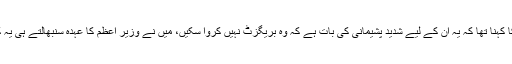
لندن میں 10 ڈاؤننگ اسٹریٹ کے باہر اپنے خطاب میں برطانوی وزیرِ اعظم کا کہنا تھا کہ یہ ان کے لیے شدید پشیمانی کی بات ہے کہ وہ بریگزٹ نہیں کروا سکیں، میں نے وزیر اعظم کا عہدہ سنبھالتے ہی یہ کوشش رہی کہ برطانیہ صرف چند لوگوں کو فائدہ نہ دے بلکہ سب کے لیے ہو۔